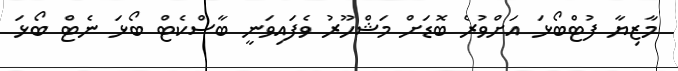
މާޒިޔާ ފުޓްބޯޅަ އަށްވުރެ ބޮޑަށް މަޝްހޫރު ވެފައިވަނީ ބާސްކެޓް ބޯޅަ ނެޓް ބޯޅަ